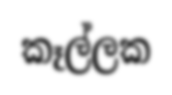
කෑල්ලක